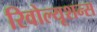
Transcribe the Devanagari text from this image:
रिवोल्यूशन्स